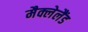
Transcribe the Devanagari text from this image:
मैक्लेलैंड